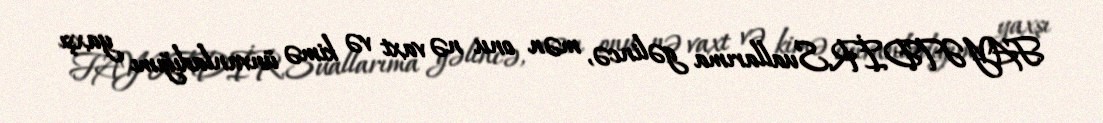
FAYƏTDİR.Suallarıma gəlincə, mən onu nə vaxt və kimə ünvanladığımı yaxşı